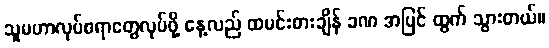
သူမဟာလုပ်စရာတွေလုပ်ဖို့ နေ့လည် ထမင်းစားချိန် ခဏ အပြင် ထွက် သွားတယ်။